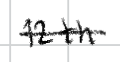
Text: 12th
Cross-out: single-line
Writing tool: digital_black